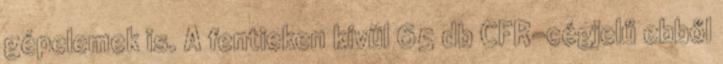
gépelemek is. A fentieken kívül 65 db CFR-cégjelű ebből